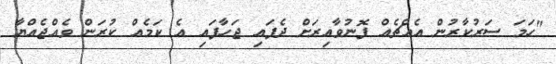
"ހަމަ ސަރުކާރުން އެއްޗެއް ފޮނުވާއިރަށް ދެފައި ޖަހާފައި އެ ކަމެއް ކުރަން ވެއްޖެއްޔާ